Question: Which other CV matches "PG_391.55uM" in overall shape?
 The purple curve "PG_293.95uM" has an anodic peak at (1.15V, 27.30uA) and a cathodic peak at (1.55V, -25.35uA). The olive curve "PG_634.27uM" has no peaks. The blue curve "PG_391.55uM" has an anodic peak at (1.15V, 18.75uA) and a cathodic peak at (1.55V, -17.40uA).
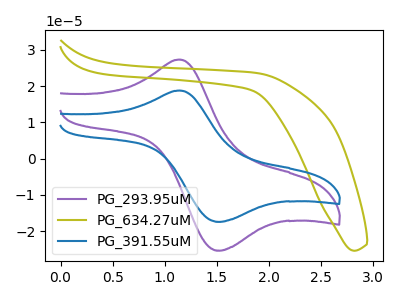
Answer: <think>"PG_293.95uM" and "PG_634.27uM" have a different number of peaks. All the peaks in "PG_293.95uM" have a peak in "PG_391.55uM" at the same potential. Every peak in "PG_293.95uM" is higher than every peak in "PG_391.55uM". "PG_634.27uM" and "PG_391.55uM" have a different number of peaks.
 </think>
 <answer>The CV with the most similar shape to "PG_293.95uM" is "PG_391.55uM".</answer>
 <eval>"PG_391.55uM"</eval>